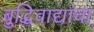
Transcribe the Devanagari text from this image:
बुद्धिवाद्यांचा